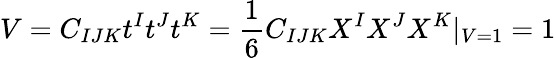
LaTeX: V=C_{IJK}t^{I}t^{J}t^{K}=\frac{1}{6}C_{IJK}X^{I}X^{J}X^{K}|_{V=1}=1